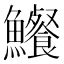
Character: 𩽐